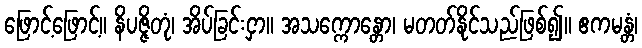
ဖြောင့်ဖြောင့်။ နိပဇ္ဇိတုံ၊ အိပ်ခြင်းငှာ။ အသက္ကောန္တော၊ မတတ်နိုင်သည်ဖြစ်၍။ ဧကမန္တံ၊